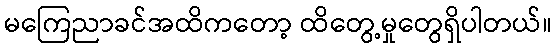
မကြေညာခင်အထိကတော့ ထိတွေ့မှုတွေရှိပါတယ်။